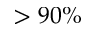
> 9 0 \%